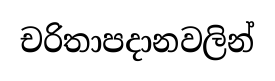
චරිතාපදානවලින්